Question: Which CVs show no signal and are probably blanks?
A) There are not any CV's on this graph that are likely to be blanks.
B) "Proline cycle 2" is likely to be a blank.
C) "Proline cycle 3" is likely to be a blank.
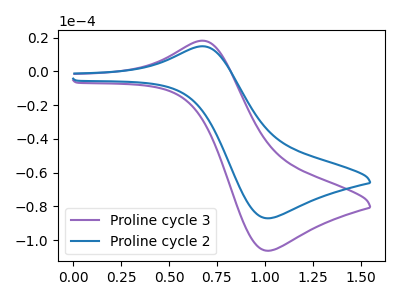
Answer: <think>The purple curve "Proline cycle 3" has an anodic peak at (0.70V, 18.25uA) and a cathodic peak at (1.00V, -106.35uA). The blue curve "Proline cycle 2" has an anodic peak at (0.70V, 14.95uA) and a cathodic peak at (1.00V, -87.10uA).</think>
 <answer>A) There are not any CV's on this graph that are likely to be blanks.</answer>
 <eval>A</eval>